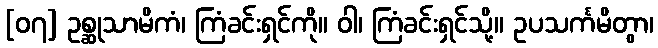
[၀၇] ဥစ္ဆုသာမိကံ၊ ကြံခင်းရှင်ကို။ ဝါ၊ ကြံခင်းရှင်သို့။ ဥပသင်္ကမိတွာ၊